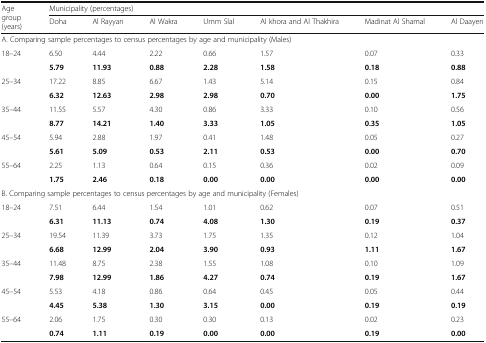
<table><thead><tr><td rowspan="2"><b>Age group (years)</b></td><td colspan="7"><b>Municipality (percentages)</b></td></tr><tr><td><b>Doha</b></td><td><b>Al Rayyan</b></td><td><b>Al Wakra</b></td><td><b>Umm Slal</b></td><td><b>Al khora and Al Thakhira</b></td><td><b>Madinat Al Shamal</b></td><td><b>Al Daayen</b></td></tr></thead><tbody><tr><td colspan="8">A. Comparing sample percentages to census percentages by age and municipality (Males)</td></tr><tr><td rowspan="2">18–24</td><td>6.50</td><td>4.44</td><td>2.22</td><td>0.66</td><td>1.57</td><td>0.07</td><td>0.33</td></tr><tr><td><b>5.79</b></td><td><b>11.93</b></td><td><b>0.88</b></td><td><b>2.28</b></td><td><b>1.58</b></td><td><b>0.18</b></td><td><b>0.88</b></td></tr><tr><td rowspan="2">25–34</td><td>17.22</td><td>8.85</td><td>6.67</td><td>1.43</td><td>5.14</td><td>0.15</td><td>0.84</td></tr><tr><td><b>6.32</b></td><td><b>12.63</b></td><td><b>2.98</b></td><td><b>2.98</b></td><td><b>0.70</b></td><td><b>0.00</b></td><td><b>1.75</b></td></tr><tr><td rowspan="2">35–44</td><td>11.55</td><td>5.57</td><td>4.30</td><td>0.86</td><td>3.33</td><td>0.10</td><td>0.56</td></tr><tr><td><b>8.77</b></td><td><b>14.21</b></td><td><b>1.40</b></td><td><b>3.33</b></td><td><b>1.05</b></td><td><b>0.35</b></td><td><b>1.05</b></td></tr><tr><td rowspan="2">45–54</td><td>5.94</td><td>2.88</td><td>1.97</td><td>0.41</td><td>1.48</td><td>0.05</td><td>0.27</td></tr><tr><td><b>5.61</b></td><td><b>5.09</b></td><td><b>0.53</b></td><td><b>2.11</b></td><td><b>0.53</b></td><td><b>0.00</b></td><td><b>0.70</b></td></tr><tr><td rowspan="2">55–64</td><td>2.25</td><td>1.13</td><td>0.64</td><td>0.15</td><td>0.36</td><td>0.02</td><td>0.09</td></tr><tr><td><b>1.75</b></td><td><b>2.46</b></td><td><b>0.18</b></td><td><b>0.00</b></td><td><b>0.00</b></td><td><b>0.00</b></td><td><b>0.00</b></td></tr><tr><td colspan="8">B. Comparing sample percentages to census percentages by age and municipality (Females)</td></tr><tr><td rowspan="2">18–24</td><td>7.51</td><td>6.44</td><td>1.54</td><td>1.01</td><td>0.62</td><td>0.07</td><td>0.51</td></tr><tr><td><b>6.31</b></td><td><b>11.13</b></td><td><b>0.74</b></td><td><b>4.08</b></td><td><b>1.30</b></td><td><b>0.19</b></td><td><b>0.37</b></td></tr><tr><td rowspan="2">25–34</td><td>19.54</td><td>11.39</td><td>3.73</td><td>1.75</td><td>1.35</td><td>0.12</td><td>1.04</td></tr><tr><td><b>6.68</b></td><td><b>12.99</b></td><td><b>2.04</b></td><td><b>3.90</b></td><td><b>0.93</b></td><td><b>1.11</b></td><td><b>1.67</b></td></tr><tr><td rowspan="2">35–44</td><td>11.48</td><td>8.75</td><td>2.38</td><td>1.55</td><td>1.08</td><td>0.10</td><td>1.09</td></tr><tr><td><b>7.98</b></td><td><b>12.99</b></td><td><b>1.86</b></td><td><b>4.27</b></td><td><b>0.74</b></td><td><b>0.19</b></td><td><b>1.67</b></td></tr><tr><td rowspan="2">45–54</td><td>5.53</td><td>4.18</td><td>0.86</td><td>0.64</td><td>0.45</td><td>0.05</td><td>0.44</td></tr><tr><td><b>4.45</b></td><td><b>5.38</b></td><td><b>1.30</b></td><td><b>3.15</b></td><td><b>0.00</b></td><td><b>0.19</b></td><td><b>0.19</b></td></tr><tr><td rowspan="2">55–64</td><td>2.06</td><td>1.75</td><td>0.30</td><td>0.30</td><td>0.13</td><td>0.02</td><td>0.23</td></tr><tr><td><b>0.74</b></td><td><b>1.11</b></td><td><b>0.19</b></td><td><b>0.00</b></td><td><b>0.00</b></td><td><b>0.19</b></td><td><b>0.00</b></td></tr></tbody></table>